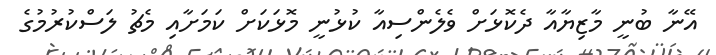
އޭނާ ބުނީ މާޒިޔާއާ ދެކޮޅަށް ވެލެންސިއާ ކުޅުނީ މޮޅަކަށް ކަމަށާއި މެޗު ލަސްކުރުމުގެ